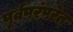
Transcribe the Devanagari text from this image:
पूर्वपरंपरेत